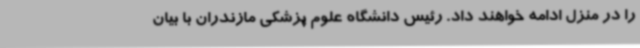
را در منزل ادامه خواهند داد. رئیس دانشگاه علوم پزشکی مازندران با بیان